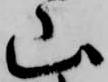
山